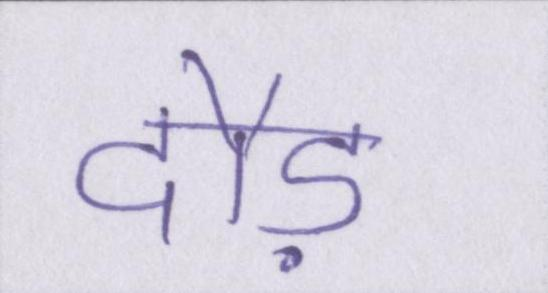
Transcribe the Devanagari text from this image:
दौड़